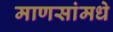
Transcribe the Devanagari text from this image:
माणसांमधे